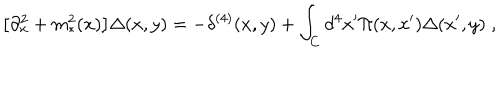
LaTeX: \big [ \partial _ { x } ^ { 2 } + m _ { * } ^ { 2 } ( x ) \big ] \Delta ( x , y ) = - \delta ^ { ( 4 ) } ( x , y ) + \int _ { C } d ^ { 4 } x ^ { \prime } \Pi ( x , x ^ { \prime } ) \Delta ( x ^ { \prime } , y ) \; ,